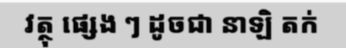
វត្ថុ ផ្សេង ៗ ដូចជា នាឡិ តក់